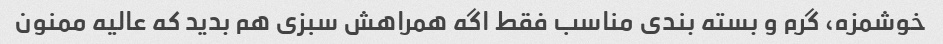
خوشمزه، گرم و بسته بندی مناسب فقط اگه همراهش سبزی هم بدید که عالیه ممنون